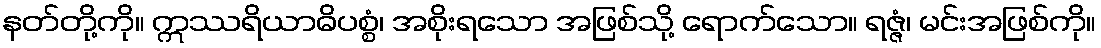
နတ်တို့ကို။ ဣဿရိယာဓိပစ္စံ၊ အစိုးရသော အဖြစ်သို့ ရောက်သော။ ရဇ္ဇံ၊ မင်းအဖြစ်ကို။